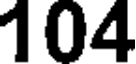
104